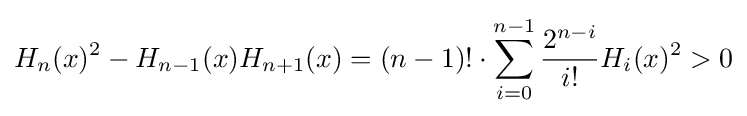
H_{n}(x)^{2}-H_{n-1}(x)H_{n+1}(x)=(n-1)!\cdot \sum _{i=0}^{n-1}{\frac {2^{n-i}}{i!}}H_{i}(x)^{2}>0